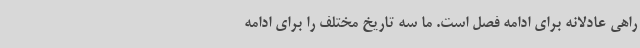
راهی عادلانه برای ادامه فصل است. ما سه تاریخ مختلف را برای ادامه